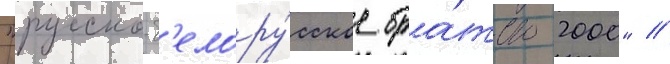
"русско-б'елору́сское бра́тство 2000" /